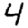
Digit: 4